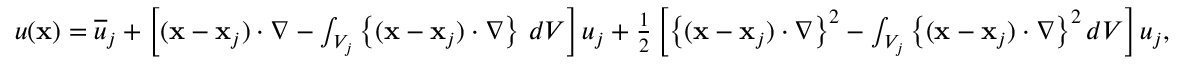
\begin{array} { r } { u ( { \bf x } ) = \overline { { u } } _ { j } + \left[ ( { \bf x } - { \bf x } _ { j } ) \cdot \nabla - \int _ { V _ { j } } \left\{ ( { \bf x } - { \bf x } _ { j } ) \cdot \nabla \right\} \, d V \right] u _ { j } + \frac { 1 } { 2 } \left[ \left\{ ( { \bf x } - { \bf x } _ { j } ) \cdot \nabla \right\} ^ { 2 } - \int _ { V _ { j } } \left\{ ( { \bf x } - { \bf x } _ { j } ) \cdot \nabla \right\} ^ { 2 } d V \right] u _ { j } , } \end{array}